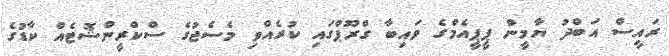
ރައީސް އަބްދު ޔާމީން ޕީޕީއެމްގެ ވައިބާ ގްރޫޕްގައި ކުރެއްވި މެސެޖުގެ ސްކްރީންޝޮޓެއް ކާޑުގެ